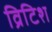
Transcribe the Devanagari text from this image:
व्रिटिश